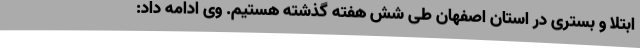
ابتلا و بستری در استان اصفهان طی شش هفته گذشته هستیم. وی ادامه داد: